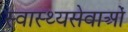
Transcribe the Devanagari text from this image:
स्वास्थ्यसेवाओं